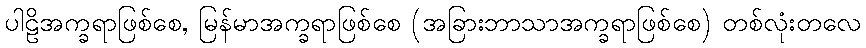
ပါဠိအက္ခရာဖြစ်စေ, မြန်မာအက္ခရာဖြစ်စေ (အခြားဘာသာအက္ခရာဖြစ်စေ) တစ်လုံးတလေ